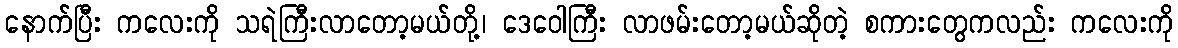
နောက်ပြီး ကလေးကို သရဲကြီးလာတော့မယ်တို့၊ ဒေဝေါကြီး လာဖမ်းတော့မယ်ဆိုတဲ့ စကားတွေကလည်း ကလေးကို